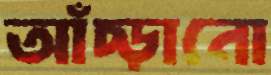
আঁচ্‌ড়ানো